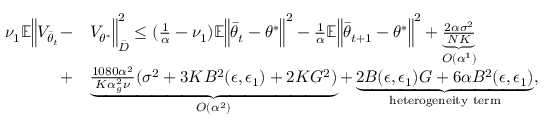
\begin{array} { r l } { \nu _ { 1 } \mathbb { E } \Big \lVert V _ { \bar { \theta } _ { t } } - } & { V _ { \theta ^ { * } } \Big \rVert _ { \bar { D } } ^ { 2 } \le ( \frac { 1 } { \alpha } - \nu _ { 1 } ) \mathbb { E } \Big \lVert \bar { \theta } _ { t } - \theta ^ { * } \Big \rVert ^ { 2 } - \frac { 1 } { \alpha } \mathbb { E } \Big \lVert \bar { \theta } _ { t + 1 } - \theta ^ { * } \Big \rVert ^ { 2 } + \underbrace { \frac { 2 \alpha \sigma ^ { 2 } } { N K } } _ { O ( \alpha ^ { 1 } ) } } \\ { + } & { \underbrace { \frac { 1 0 8 0 \alpha ^ { 2 } } { K \alpha _ { g } ^ { 2 } \nu } ( \sigma ^ { 2 } + 3 K B ^ { 2 } ( \epsilon , \epsilon _ { 1 } ) + 2 K G ^ { 2 } ) } _ { O ( \alpha ^ { 2 } ) } + \underbrace { 2 B ( \epsilon , \epsilon _ { 1 } ) G + 6 \alpha B ^ { 2 } ( \epsilon , \epsilon _ { 1 } ) } _ { \mathrm { h e t e r o g e n e i t y ~ t e r m } } , } \end{array}